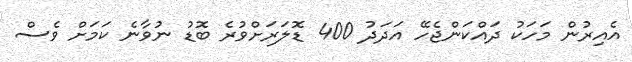
އެއިރުން މަހަކު ދައްކަންޖެހޭ އަދަދު 400 ޑޮލަރަށްވުރެ ބޮޑު ނުވާނެ ކަމަށް ވެސް